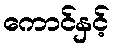
ကောင်နှင့်